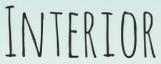
INTERIOR